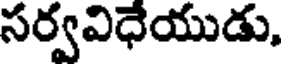
సర్వవిధేయుడు,